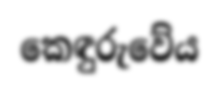
කෙඳුරුවේය